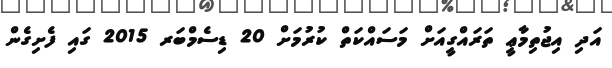
އަދި އިޖުތިމާޢީ ތަރައްގީއަށް މަސައްކަތް ކުރުމަށް 20 ޑިސެމްބަރ 2015 ގައި ފެށިގެން